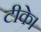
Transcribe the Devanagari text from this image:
टीके।